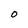
Character: O